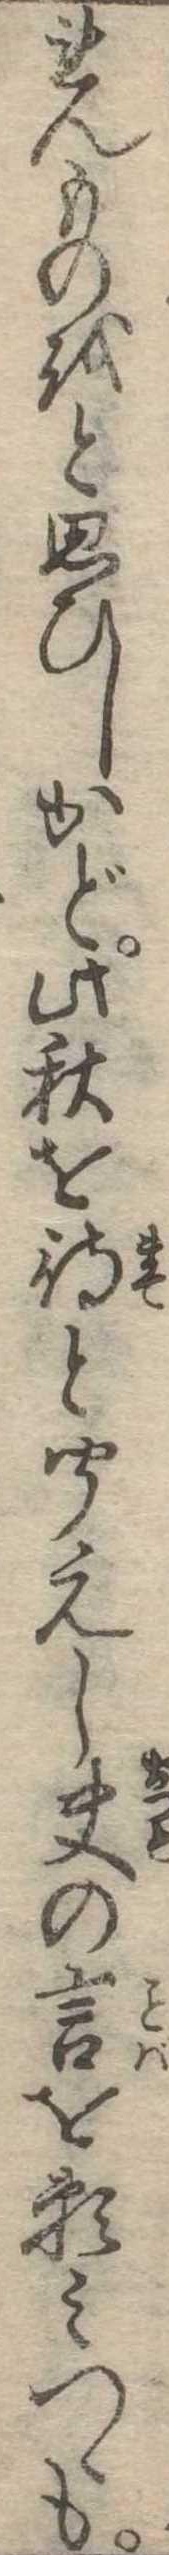
れんものをと思ひしかど此秋を待と聞えし夫の言を頼みつゝも